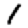
Digit: 1